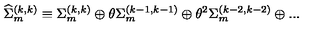
{ \widehat \Sigma } _ { m } ^ { ( k , k ) } \equiv \Sigma _ { m } ^ { ( k , k ) } \oplus \theta \Sigma _ { m } ^ { ( k - 1 , k - 1 ) } \oplus \theta ^ { 2 } { \Sigma } _ { m } ^ { ( k - 2 , k - 2 ) } \oplus . . .